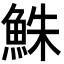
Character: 鮢